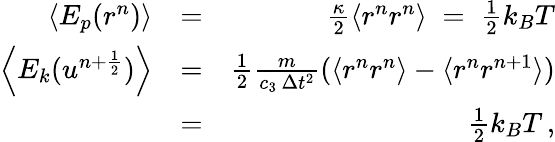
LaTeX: \begin{array}{rlr}{\left\langle E_{p}(r^{n})\right\rangle}&{=}&{\frac{\kappa}{2}\langle r^{n}r^{n}\rangle\; =\; \frac{1}{2}k_{B}T}\\ {\left\langle E_{k}(u^{n+\frac{1}{2}})\right\rangle}&{=}&{\frac{1}{2}\frac{m}{c_{3}\, \Delta{t}^{2}}(\langle r^{n}r^{n}\rangle-\langle r^{n}r^{n+1}\rangle)}\\ &{=}&{\frac{1}{2}k_{B}T\, ,}\end{array}